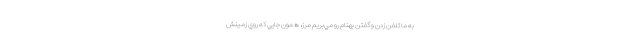
به ما تلفن زدن و گفتن بهنام رو مي‌بريم مرز، همون جايي كه روي زمينش